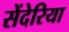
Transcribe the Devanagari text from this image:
सेंदेरिया